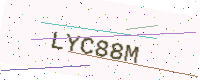
Text: LYC88M